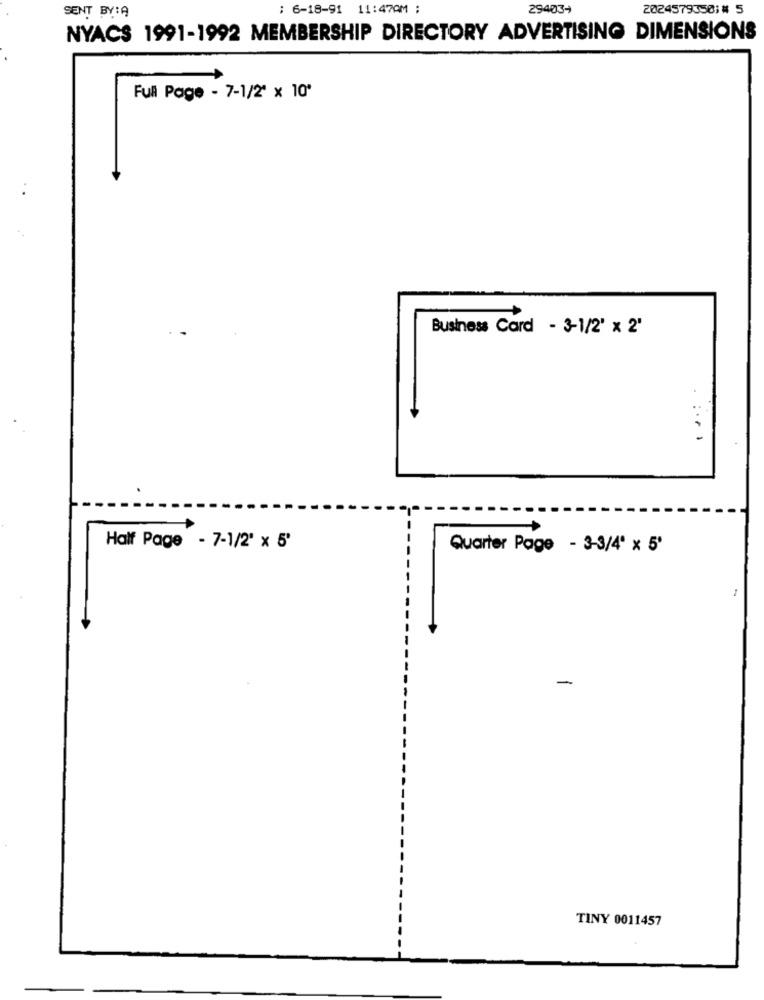
: 6-18-91 11:47AM :
294034
2024579350;# 5
SENT BY:A
NYACS 1991-1992 MEMBERSHIP DIRECTORY ADVERTISING DIMENSIONS
Full Page - 7-1/2" x 10'
Business Card - 3-1/2' x 2'
.:...
Half Page - 7-1/2' x 5'
Quarter Page - 3-3/4" x 5'
-
TINY 0011457